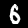
Digit: 6